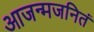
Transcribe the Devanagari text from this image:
आजन्मजनितं